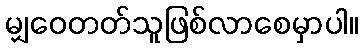
မျှဝေတတ်သူဖြစ်လာစေမှာပါ။